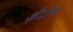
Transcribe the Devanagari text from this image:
अँटोन